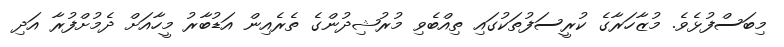
މިބަސްފުޅެވެ. މުޒާހަރާގެ ކުރީސަފުތަކުގައި ތިއްބެވި މުރުޝިދުންގެ ތެރެއިން އަޑުބާރު މީހާއަށް ދެމުށްފުރާ އަދި